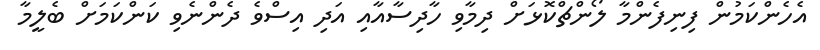
އެހެންކަމުން ފިނިފެންމާ ލޯންޗްކޮޅަށް ދިމާވި ހާދިސާއާއި އަދި އިސްވެ ދެންނެވި ކަންކަމަށް ބެލީމާ